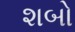
શબો